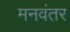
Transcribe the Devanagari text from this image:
मनवंतर